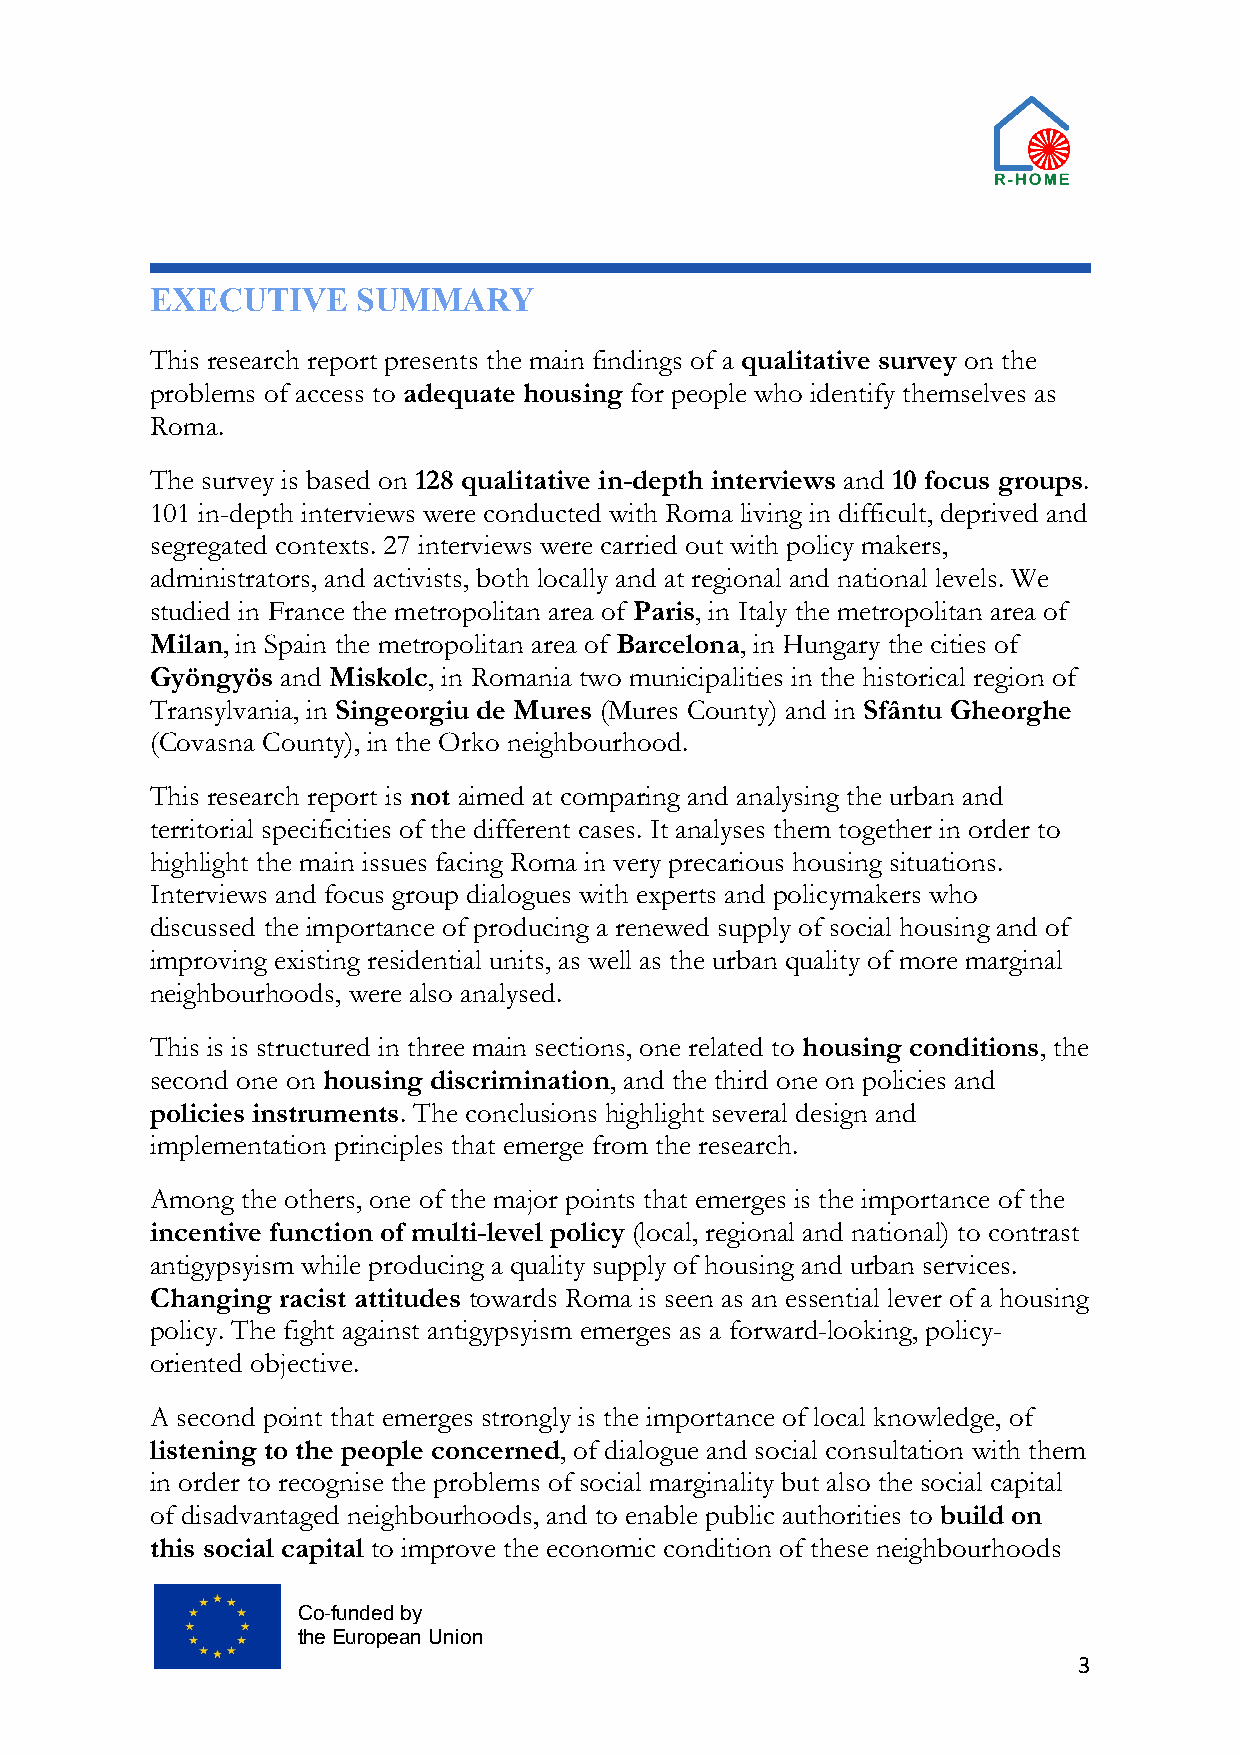
EXECUTIVE     SUMMARY
 This research report presents the main findings of a qualitative survey on the
 problems of access to adequate housing for people who identify themselves as
 Roma.
 The survey is based on 128 qualitative in-depth interviews and 10 focus groups.
 101 in-depth interviews were conducted with Roma living in difficult, deprived and
 segregated contexts. 27 interviews were carried out with policy makers,
 administrators, and activists, both locally and at regional and national levels. We
 studied in France the metropolitan area of Paris, in Italy the metropolitan area of
 Milan, in Spain the metropolitan area of Barcelona, in Hungary the cities of
 Gyöngyös and Miskolc, in Romania two municipalities in the historical region of
 Transylvania, in Singeorgiu de Mures (Mures County) and in Sfântu Gheorghe
 (Covasna County), in the Orko neighbourhood.
 This research report is not aimed at comparing and analysing the urban and
 territorial specificities of the different cases. It analyses them together in order to
 highlight the main issues facing Roma in very precarious housing situations.
 Interviews and focus group dialogues with experts and policymakers who
 discussed the importance of producing a renewed supply of social housing and of
 improving existing residential units, as well as the urban quality of more marginal
 neighbourhoods, were also analysed.
 This is is structured in three main sections, one related to housing conditions, the
 second one on housing discrimination, and the third one on policies and
 policies instruments. The conclusions highlight several design and
 implementation principles that emerge from the research.
 Among the others, one of the major points that emerges is the importance of the
 incentive function of multi-level policy (local, regional and national) to contrast
 antigypsyism while producing a quality supply of housing and urban services.
 Changing racist attitudes towards Roma is seen as an essential lever of a housing
 policy. The fight against antigypsyism emerges as a forward-looking, policy-
 oriented objective.
 A second point that emerges strongly is the importance of local knowledge, of
 listening to the people concerned, of dialogue and social consultation with them
 in order to recognise the problems of social marginality but also the social capital
 of disadvantaged neighbourhoods, and to enable public authorities to build on
 this social capital to improve the economic condition of these neighbourhoods
 Co-funded by
 the European Union
 3